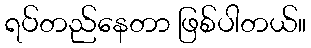
ရပ်တည်နေတာ ဖြစ်ပါတယ်။